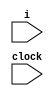
module main (i, clock);
input i,clock;
reg [5:0]a,b,c,t;

initial a = 1;
initial b = 5;
initial c = 7;
initial t = 11;

always @ (posedge clock) begin

	if (b == 5)
		a <= 5;
	else if (c == 1)	
		a <= 7;
	else if (b == 1)	
		a <= 3;
	else a<= t;

	b <= c;
	c <= a;
	t <= t + 2;

end
endmodule